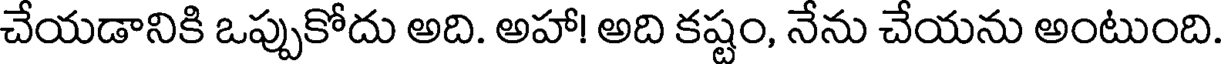
చేయడానికి ఒప్పుకోదు అది. అహా! అది కష్టం, నేను చేయను అంటుంది